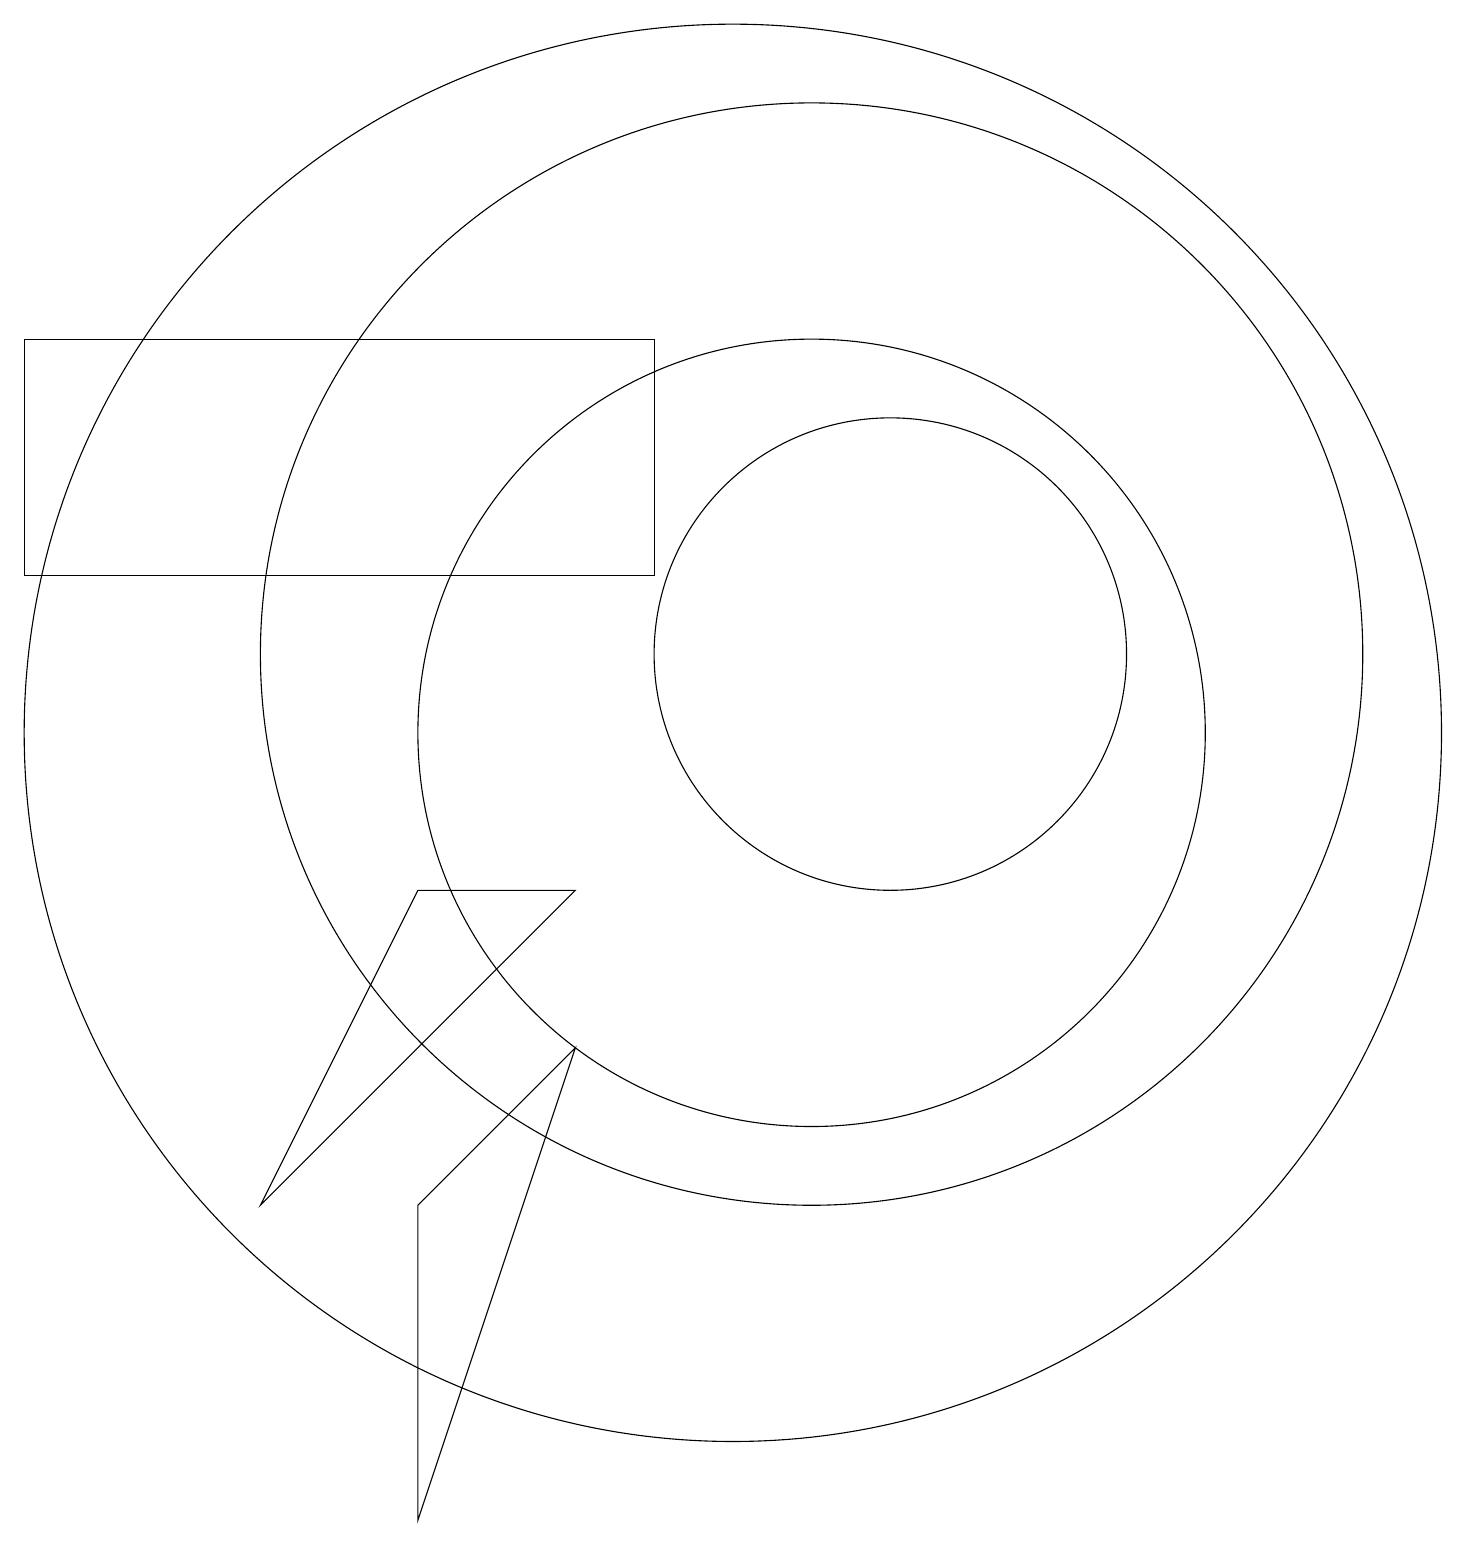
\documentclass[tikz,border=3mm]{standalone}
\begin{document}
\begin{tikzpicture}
\draw (11,11) circle (5);
\draw (10,11) circle (9);
\draw (4,5) -- (6,9) -- (8,9) -- cycle;
\draw (1,16) rectangle (9,13);
\draw (11,12) circle (7);
\draw (6,5) -- (8,7) -- (6,1) -- cycle;
\draw (12,12) circle (3);
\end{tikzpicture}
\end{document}